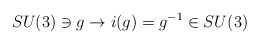
\begin{align*} SU(3) \ni g \rightarrow i(g) = g^{-1} \in SU(3)\end{align*}